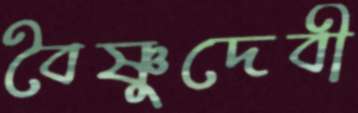
বৈষ্ণুদেবী